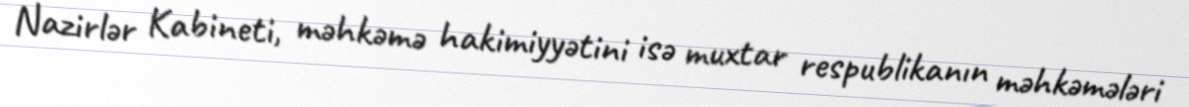
Nazirlər Kabineti, məhkəmə hakimiyyətini isə muxtar respublikanın məhkəmələri